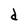
Character: d